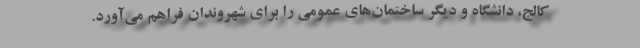
کالج، دانشگاه و دیگر ساختمان‌های عمومی را برای شهروندان فراهم می‌آورد.